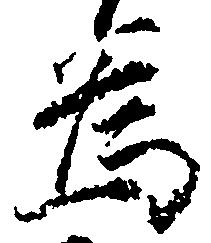
為